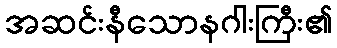
အဆင်းနီသောနဂါးကြီး၏